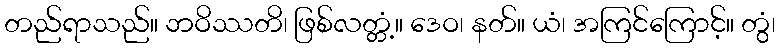
တည်ရာသည်။ ဘဝိဿတိ၊ ဖြစ်လတ္တံ့။ ဒေဝ၊ နတ်။ ယံ၊ အကြင်ကြောင့်။ တွံ၊